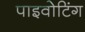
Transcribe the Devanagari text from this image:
पाइवोटिंग